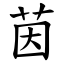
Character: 茵